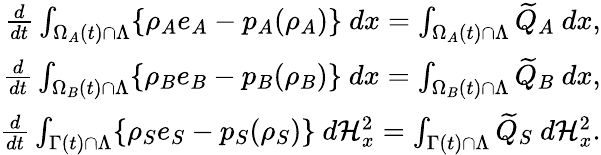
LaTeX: \begin{array}{r}{\frac{d}{dt}\int_{\Omega_{A}(t)\cap\Lambda}\{ \rho_{A}e_{A}-p_{A}(\rho_{A})\} {\ }dx=\int_{\Omega_{A}(t)\cap\Lambda}\widetilde{Q}_{A}{\ }dx,}\\ {\frac{d}{dt}\int_{\Omega_{B}(t)\cap\Lambda}\{ \rho_{B}e_{B}-p_{B}(\rho_{B})\} {\ }dx=\int_{\Omega_{B}(t)\cap\Lambda}\widetilde{Q}_{B}{\ }dx,}\\ {\frac{d}{dt}\int_{\Gamma(t)\cap\Lambda}\{ \rho_{S}e_{S}-p_{S}(\rho_{S})\} {\ }d\mathcal{H}_{x}^{2}=\int_{\Gamma(t)\cap\Lambda}\widetilde{Q}_{S}{\ }d\mathcal{H}_{x}^{2}.}\end{array}